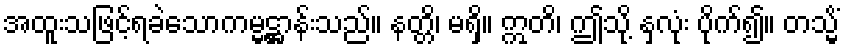
အထူးသဖြင့်ရခဲသောကမ္မဋ္ဌာန်းသည်။ နတ္တိ၊ မရှိ။ ဣတိ၊ ဤသို့ နှလုံး ပိုက်၍။ တသ္မိံ